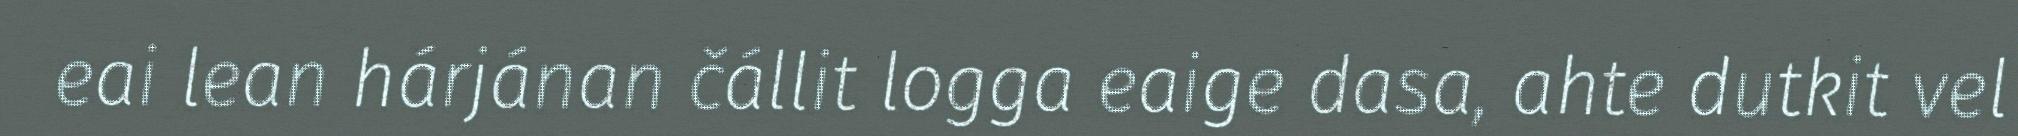
eai lean hárjánan čállit logga eaige dasa, ahte dutkit vel